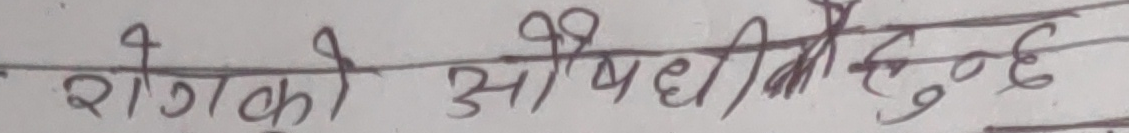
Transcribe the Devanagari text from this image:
रोगको औषधि होइन हुन्छ